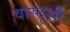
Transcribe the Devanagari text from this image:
वास्तूशी